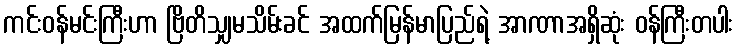
ကင်းဝန်မင်းကြီးဟာ ဗြိတိသျှမသိမ်းခင် အထက်မြန်မာပြည်ရဲ့ အာဏာအရှိဆုံး ဝန်ကြီးတပါး